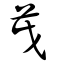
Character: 茂